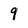
Character: 9